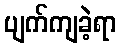
ပျက်ကျခဲ့ရာ